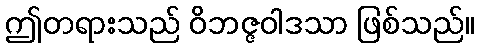
ဤတရားသည် ဝိဘဇ္ဇဝါဒသာ ဖြစ်သည်။